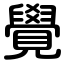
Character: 覺